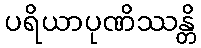
ပရိယာပုဏိဿန္တိ